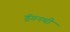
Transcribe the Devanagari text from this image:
ड्रॅगनची